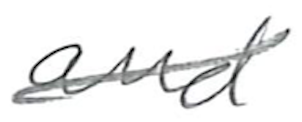
Text: and
Cross-out: diagonal
Writing tool: pencil